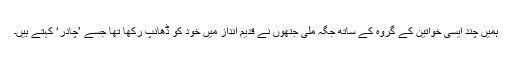
ہمیں چند ایسی خواتین کے گروہ کے ساتھ جگہ ملی جنھوں نے قدیم انداز میں خود کو ڈھانپ رکھا تھا جسے ’چادر‘ کہتے ہیں۔